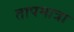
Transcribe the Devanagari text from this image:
तापमात्रा